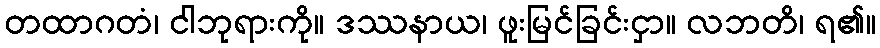
တထာဂတံ၊ ငါဘုရားကို။ ဒဿနာယ၊ ဖူးမြင်ခြင်းငှာ။ လဘတိ၊ ရ၏။